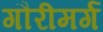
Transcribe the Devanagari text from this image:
गौरीमर्ग